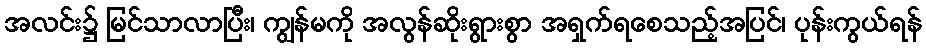
အလင်း၌ မြင်သာလာပြီး၊ ကျွန်မကို အလွန်ဆိုးရွားစွာ အရှက်ရစေသည့်အပြင်၊ ပုန်းကွယ်ရန်